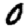
Digit: 0